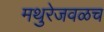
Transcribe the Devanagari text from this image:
मथुरेजवळच